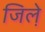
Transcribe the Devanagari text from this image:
जिले़